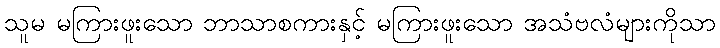
သူမ မကြားဖူးသော ဘာသာစကားနှင့် မကြားဖူးသော အသံဗလံများကိုသာ